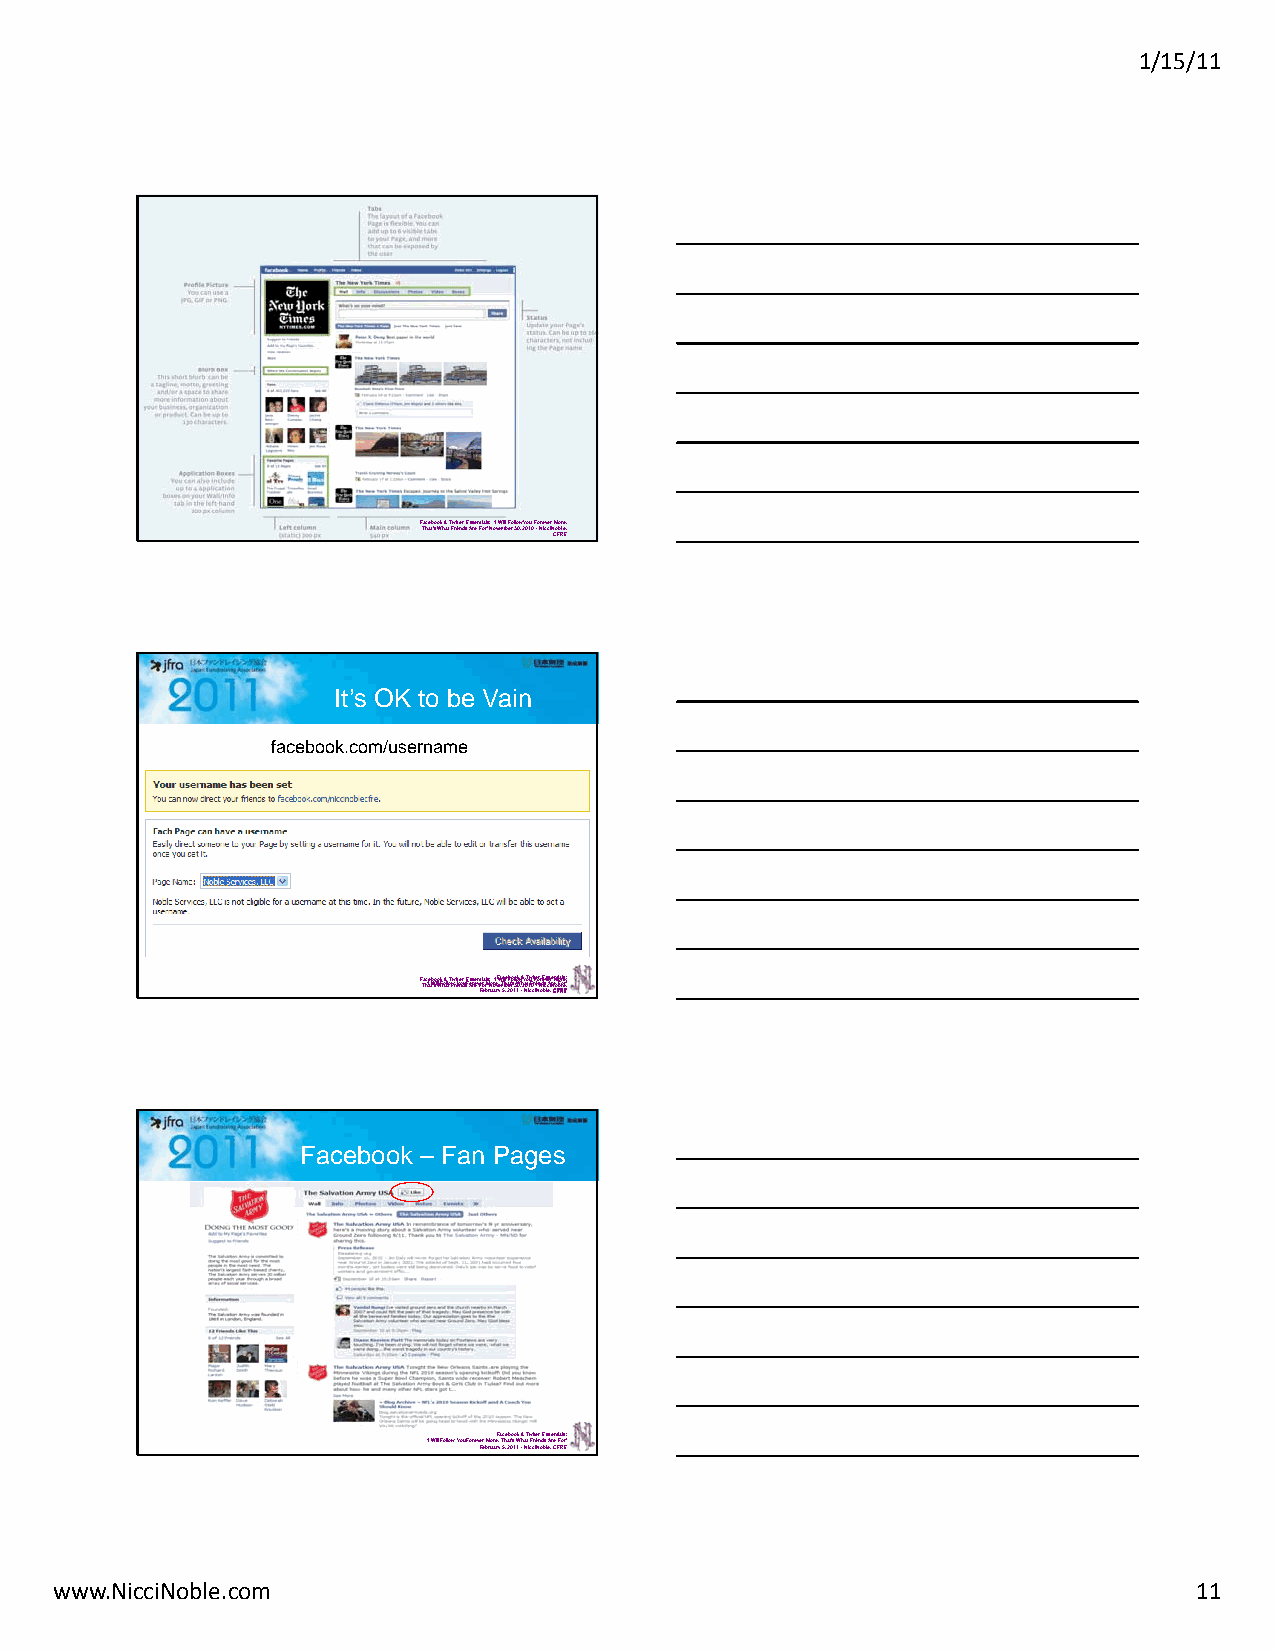
1/15/11
 FTahcaetb’so Wokh &a tT Fwriiettnedr sE sAsreen Ftioarls’ :N o‘Iv Wemillb Feor l3lo0w, 2Y0o1u0 F -oNreicvcei rN CMoFobRrlee E,,
 It’s OK to be Vain
 facebook.com/username
 FTahc‘Iae Wtb’soi lWol Fkh o&all toT Fwwr iiYettoneudr sEF sAosrreeen vFeFtioare rl bMs’ r:No u ora‘eIv rF,W ye a Tm5cilh,elb aF 2b et0oo’rs 1lo 3 loW1k 0w ,& -h 2 Y NaT 0to i cw 1Fu c0ir t iF it e-e Nonr Nor dEeibcsvs lc eesAi, re Nr CCneMot FFioFba RRroll ees EEr,:,’
 Facebook – Fan Pages
 ‘I Will Follow You ForeveFre bMrouraerF,y a T5ch,e a2bt0o’s1o W1k & -h NaTti cwFcirt iit ee Nnr o dE bss l esA,e rCnet FiFa Rols Er:’
 www.NicciNoble.com                                                         11